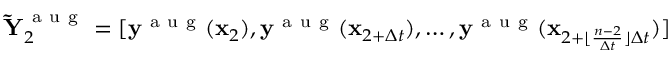
\mathbf { \tilde { Y } } _ { 2 } ^ { \mathrm { ~ a ~ u ~ g ~ } } = [ \mathbf { y } ^ { \mathrm { ~ a ~ u ~ g ~ } } ( \mathbf { x } _ { 2 } ) , \mathbf { y } ^ { \mathrm { ~ a ~ u ~ g ~ } } ( \mathbf { x } _ { 2 + \Delta t } ) , \dots , \mathbf { y } ^ { \mathrm { ~ a ~ u ~ g ~ } } ( \mathbf { x } _ { 2 + \lfloor \frac { n - 2 } { \Delta t } \rfloor \Delta t } ) ]